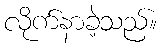
လိုက်နာခဲ့သည်။